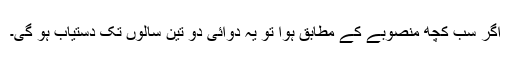
اگر سب کچھ منصوبے کے مطابق ہوا تو یہ دوائی دو تین سالوں تک دستیاب ہو گی۔